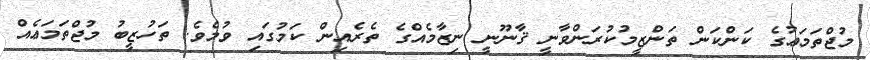
މުޖްތަމަޢުގެ ކަންކަން ތަންޒީމުކުރަންވާނީ ޤާނޫނީ ނިޒާމެއްގެ ތެރެއިން ކަމުގައި ވުމެވެ. ތަހުޒީބު މުޖްތަމަޢެއް